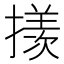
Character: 𪮲